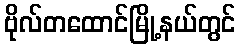
ဗိုလ်တထောင်မြို့နယ်တွင်